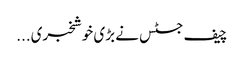
چیف جسٹس نے بڑی خوشخبری...